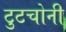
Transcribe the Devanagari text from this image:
टुटचोनी